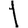
Digit: 1